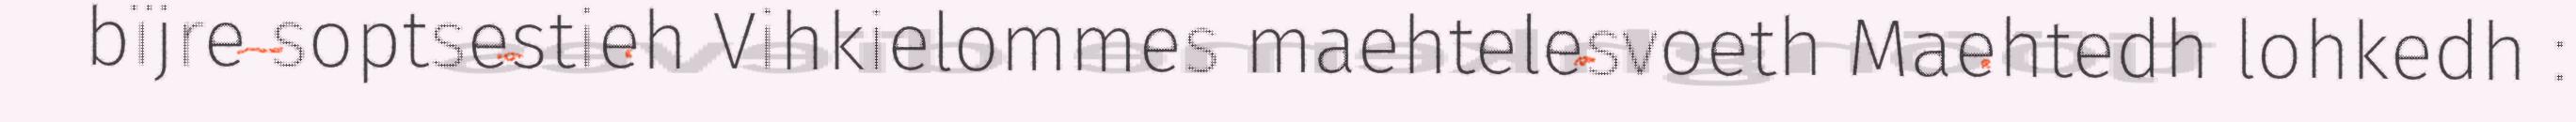
bïjre soptsestieh Vihkielommes maehtelesvoeth Maehtedh lohkedh :